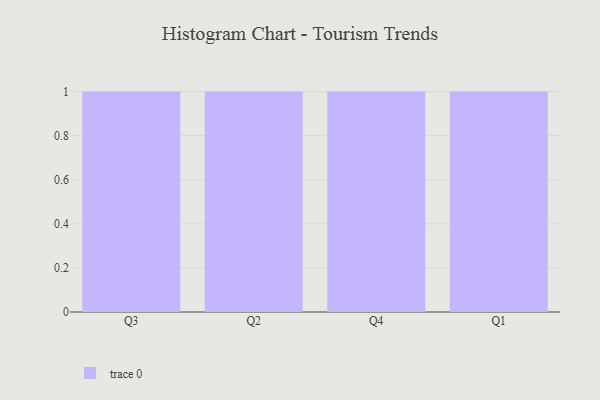
{"axis": {"x": "Quarter", "y": "Waste Production (Tons)"}, "legend": [""], "data": [{"x": "Q3", "y": 97, "type": ""}, {"x": "Q2", "y": 86, "type": ""}, {"x": "Q4", "y": 83, "type": ""}, {"x": "Q1", "y": 33, "type": ""}]}